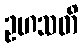
ဥဟသတိ